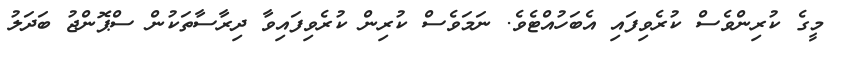
މީގެ ކުރިންވެސް ކުރެވިފައި އެބަހުއްޓެވެ. ނަމަވެސް ކުރިން ކުރެވިފައިވާ ދިރާސާތަކުން ސްޕޮންޖު ބަދަލު